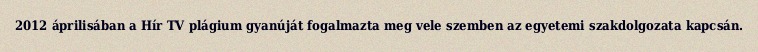
2012 áprilisában a Hír TV plágium gyanúját fogalmazta meg vele szemben az egyetemi szakdolgozata kapcsán.